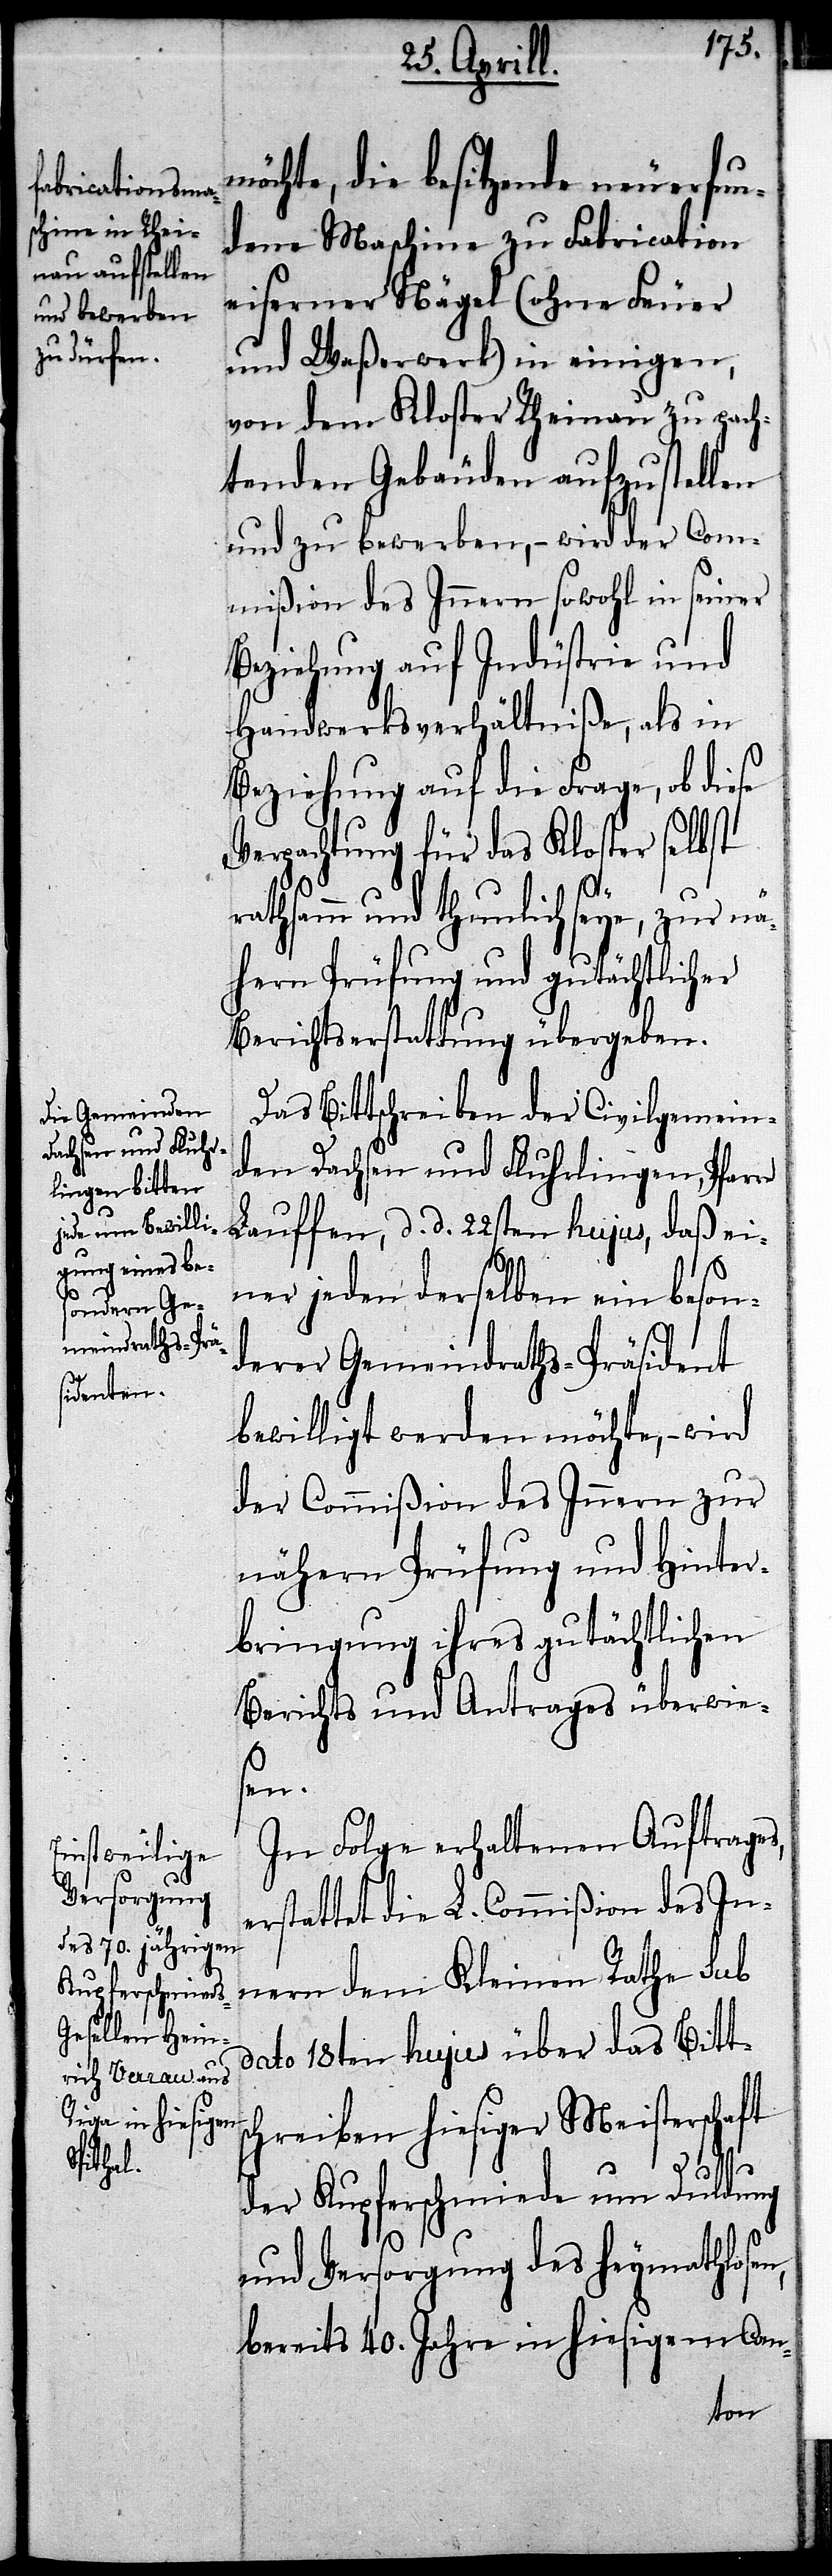
möchte, die besitzende neuerfun¬
dene Maschine zu Fabrication
eiserner Nägel (ohne Feuer
und Waßerwerk) in einigen,
von dem Kloster Rheinau zu pach¬
tenden Gebäuden aufzustellen
und zu bewerben,– wird der Com¬
mißion des Innern sowohl in seiner
Beziehung auf Indüstrie und
Handwerksverhältniße, als in
Beziehung auf die Frage, ob diese
Verpachtung für das Kloster selbst
rathsam und thunlich seye, zur nä¬
hern Prüfung und gutächtlicher
Berichtserstattung übergeben.
Das Bittschreiben der Civilgemein¬
den Dachsen und Fluhrlingen, Pfarre
Lauffen, d. d. 22sten hujus, daß ei¬
ner jeden derselben ein beson¬
derer Gemeindraths-Präsident
bewilligt werde möchte,– wird
der Commißion des Innern zur
nähern Prüfung und Hinter¬
bringung ihres gutächtlichen
Berichts und Antrages überwie¬
sen.
In Folge erhaltenen Auftrages,
erstattet die L. Commißion des In¬
nern dem Kleinen Rathe sub
dato 18ten hujus über das Bitts¬
chreiben hiesiger Meisterschaft
der Kupferschmiede um Duldung
und Versorgung des heymathlosen,
bereits 40. Jahre in hiesigem Can-